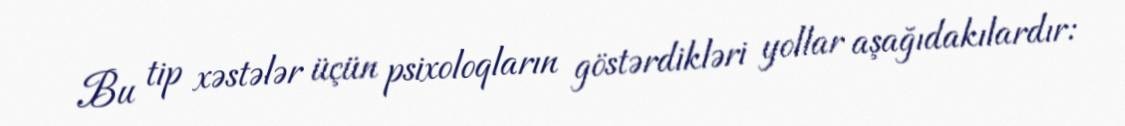
Bu tip xəstələr üçün psixoloqların göstərdikləri yollar aşağıdakılardır: